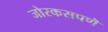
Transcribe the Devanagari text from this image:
जोरकसपणॆ